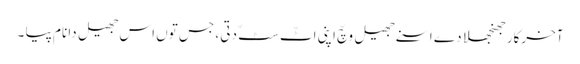
آخرکار جھنجھلا دے اسنے جھیل وچّ اپنی اٹّ سٹّ دتی ، جس توں اس جھیل دا نام پیا ۔